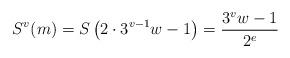
LaTeX: \begin{align*}S^v(m) = S\left( 2\cdot 3^{v-1} w - 1\right) = \frac{3^vw -1}{2^e} \end{align*}